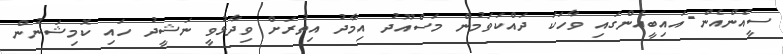
ސީއެންއެން-އައިބީއެންގައި ވާހަކަ ދައްކަވަމުން މަސްއޫދު އިމާދު އިތުރަށް ވިދާޅުވީ ނަޝީދު ހައި ކޮމިޝަނުން